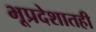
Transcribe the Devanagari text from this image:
भूप्रदेशातही